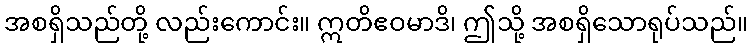
အစရှိသည်တို့ လည်းကောင်း။ ဣတိဧဝမာဒိ၊ ဤသို့ အစရှိသောရုပ်သည်။